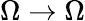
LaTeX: \Omega\to\Omega